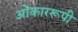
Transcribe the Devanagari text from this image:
ओंकाररूपी